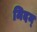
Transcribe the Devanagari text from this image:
मिदम्